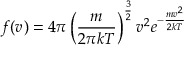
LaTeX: f ( v ) = 4 \pi \left( { \frac { m } { 2 \pi k T } } \right) ^ { \frac { 3 } { 2 } } v ^ { 2 } e ^ { - { \frac { m v ^ { 2 } } { 2 k T } } }